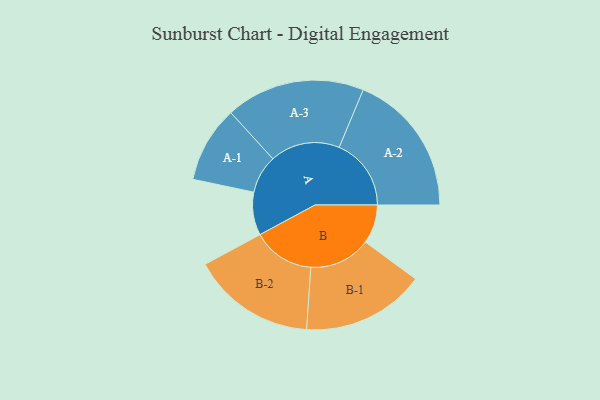
{"axis": {"x": "Segment", "y": "Value"}, "legend": ["", "A", "B"], "data": [{"x": "A", "y": 144, "type": ""}, {"x": "B", "y": 130, "type": ""}, {"x": "A-1", "y": 128, "type": "A"}, {"x": "A-2", "y": 241, "type": "A"}, {"x": "A-3", "y": 233, "type": "A"}, {"x": "B-1", "y": 206, "type": "B"}, {"x": "B-2", "y": 207, "type": "B"}]}